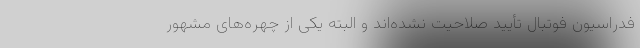
فدراسیون فوتبال تأیید صلاحیت نشده‌اند و البته یکی از چهره‌های مشهور